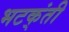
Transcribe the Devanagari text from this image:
भटक्ंती